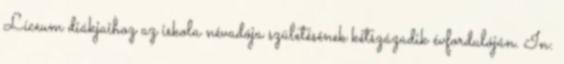
Líceum diákjaihoz az iskola névadója születésének kétszázadik évfordulóján. In: